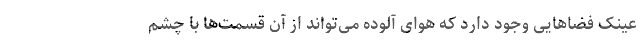
عینک فضاهایی وجود دارد که هوای آلوده می‌تواند از آن قسمت‌ها با چشم